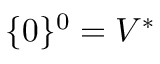
\{ 0 \} ^ { 0 } = V ^ { * }